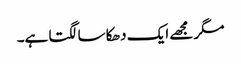
مگر مجھے ایک دھکا سا لگتا ہے۔